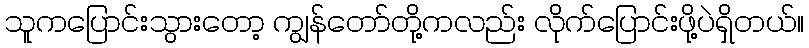
သူကပြောင်းသွားတော့ ကျွန်တော်တို့ကလည်း လိုက်ပြောင်းဖို့ပဲရှိတယ်။